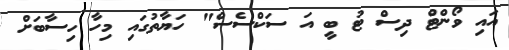
އައި ވޯންޓް ދިސް ޓު ބީ އަ ސަކްސެސް" ހަޔާތުގައި މިހާ ހިސާބަށް